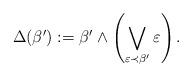
LaTeX: \begin{align*} \Delta(\beta'):=\beta'\wedge\left(\bigvee_{\varepsilon\prec\beta'}\varepsilon\right). \end{align*}